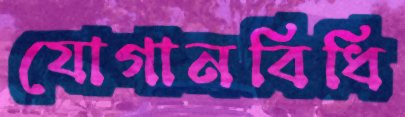
যোগানবিধি